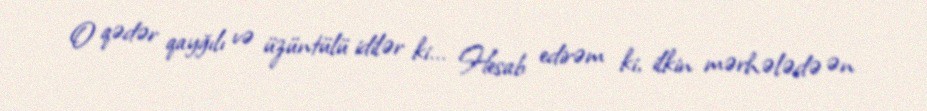
O qədər qayğılı və üzüntülü idilər ki... Hesab edirəm ki, ilkin mərhələdə ən